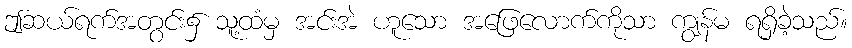
ဤဆယ်ရက်အတွင်း၌ သူ့ထံမှ အင်းအဲ ဟူသော အဖြေလောက်ကိုသာ ကျွန်မ ရရှိခဲ့သည်။